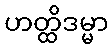
ဟတ္ထိဒမ္မာ